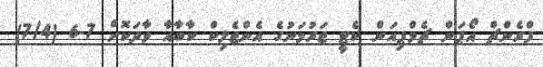
ފްރެންޗް އޯޕަން ޗެމްޕިއަން ކެޓީ ޖަރުމަނުގެ އެންޖެލިކް ކާބާއާ ވާދަކޮށް 7-6 (7/4)